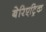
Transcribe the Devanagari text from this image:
बेरिएट्रिक